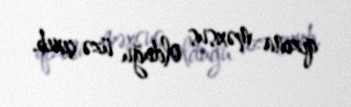
qızına məxsus olduğu üzə çıxıb.